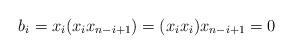
LaTeX: \begin{align*} b_i = x_i(x_ix_{n-i+1}) = (x_ix_i)x_{n-i+1} = 0 \end{align*}